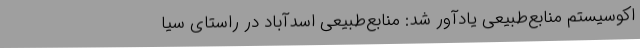
اکوسیستم منابع‌طبیعی یادآور شد: منابع‌طبیعی اسدآباد در راستای سیا